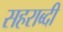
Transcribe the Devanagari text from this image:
सहराब्दी